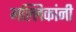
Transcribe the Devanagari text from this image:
मल्लिकांनी